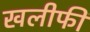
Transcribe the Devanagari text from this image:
खलीफी